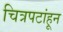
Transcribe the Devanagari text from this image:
चित्रपटांहून